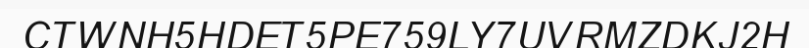
CTWNH5HDET5PE759LY7UVRMZDKJ2H